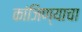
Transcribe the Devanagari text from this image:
कांजिण्याचा